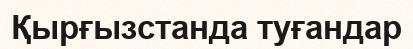
Қырғызстанда туғандар